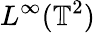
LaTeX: L^{\infty}(\mathbb{T}^{2})